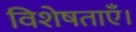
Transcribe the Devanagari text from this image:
विशेषताएँ।